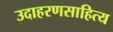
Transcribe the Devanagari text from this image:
उदाहरणसाहित्य